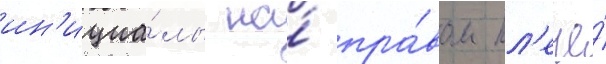
ин'ициа́лы на́ пра́вом пл'ече́